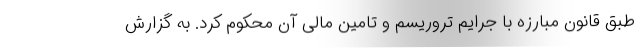
طبق قانون مبارزه با جرایم تروریسم و تامین مالی آن محکوم کرد. به گزارش